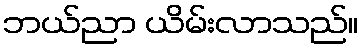
ဘယ်ညာ ယိမ်းလာသည်။